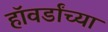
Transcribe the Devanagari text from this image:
हॉवर्डांच्या